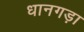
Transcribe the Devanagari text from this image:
धानगड़ा